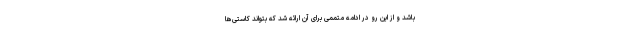
باشد و از این رو در ادامه متممی برای آن ارائه شد که بتواند کاستی‌ها